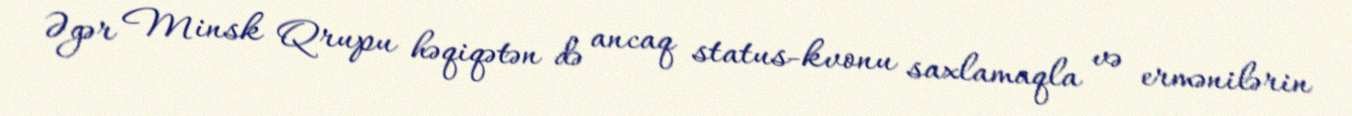
Əgər Minsk Qrupu həqiqətən də ancaq status-kvonu saxlamaqla və ermənilərin